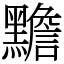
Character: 黵